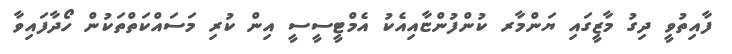
ފާއިތުވީ ދިގު މާޒީގައި ޔަންމާރ ކުންފުންޏާއިއެކު އެމްޓީސީސީ އިން ކުރި މަސައްކަތްތަކުން ހޯދާފައިވާ